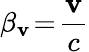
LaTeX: \beta_{\mathbf{v}}\! =\! \frac{{\mathbf{v}}}{{c}}